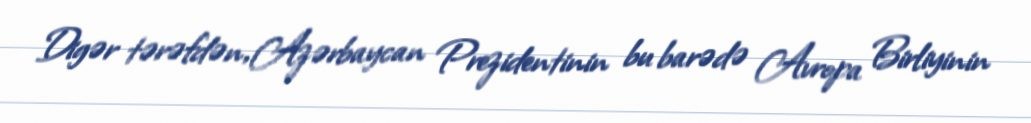
Digər tərəfdən, Azərbaycan Prezidentinin bu barədə Avropa Birliyinin